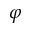
\varphi